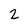
Character: 2